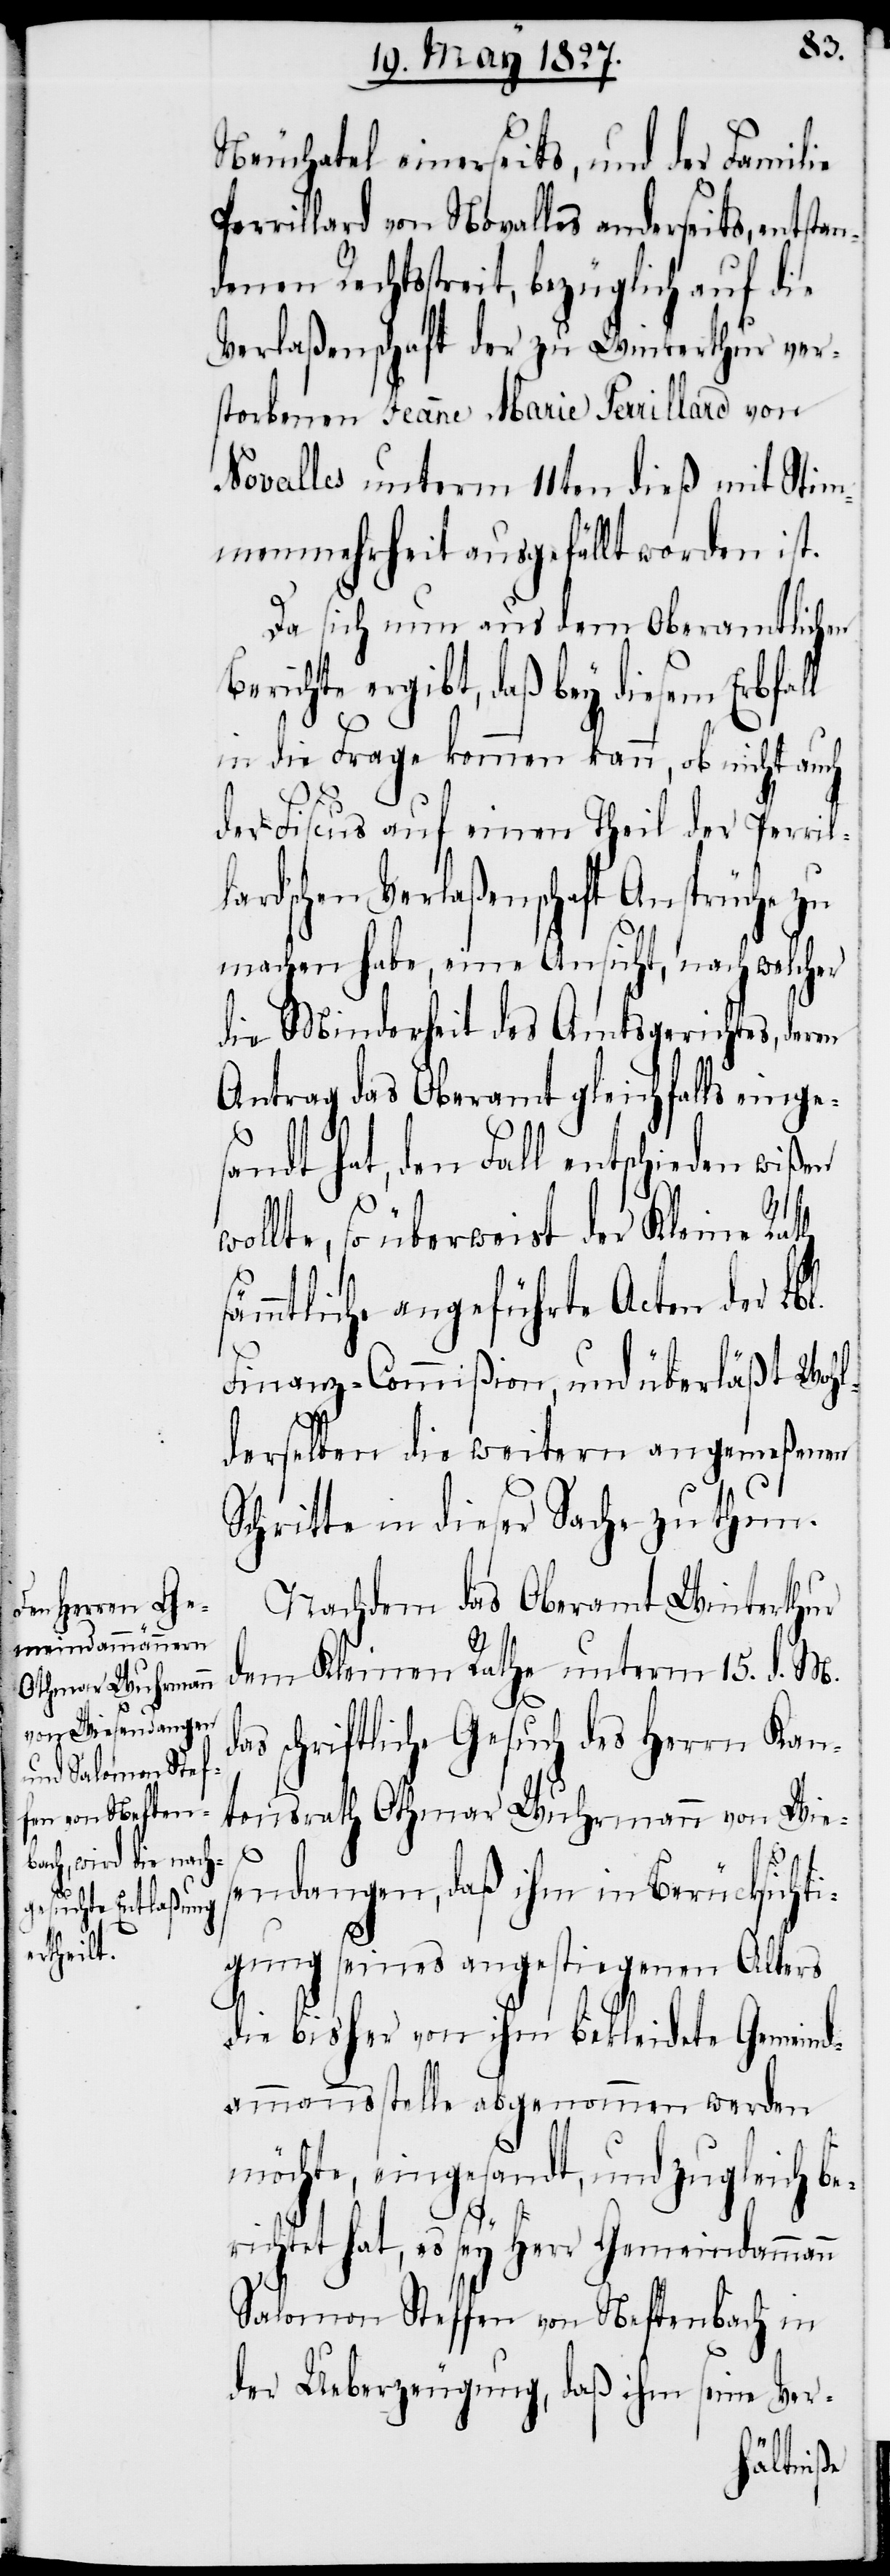
Neuchatel einerseits, und der Familie
errillard von Novalles anderseits, entst¬
denen Rechtsstreit, bezüglich auf die
Verlaßenschaft der zu Winterthur ver¬
storbenen Jeanne Marie Perrillard von
Novalles unterm 11ten dieß mit Stim¬
menmehrheit ausgefällt worden ist.
Da sich nun aus dem Oberamtlichen
Berichte ergibt, daß bey diesem Erbfall
in die Frage kommen kann, ob nicht auch
der Fiscus auf einen Theil der Perril¬
ard’schen Verlaßenschaft Ansprüche zu
machen habe, eine Ansicht, nach welcher
die Minderheit des Amtsgerichtes, deren
Antrag das Oberamt gleichfalls einge¬
sandt hat, den Fall entschieden wißen
d¬
wollte, so überweist der Kleine Rath s¬
ämmtliche angeführte Acten der Lbl.
Finanz-Commißion, und überläßt Wohl¬
derselben die weitern angemeßenen
Schritte in dieser Sache zu thun.
Nachdem das Oberamt Winterthur
dem Kleinen Rathe unterm 15. d. M.
as schriftliche Gesuch des Herrn Kan¬
tonsrath Othmar Wuhrmann von Wie¬
sendangen, daß ihm in Berücksicht¬
igung seines angestiegenen Alters
die bisher von ihm bekleidete Gemeind¬
ammannsstelle abgenommen werden
möchte, eingesandt, und zugleich be¬
richtet hat, es sey Herr Gemeindammann
Salomon Steffen von Neftenbach in
der Ueberzeugung, daß ihm seine Ver-